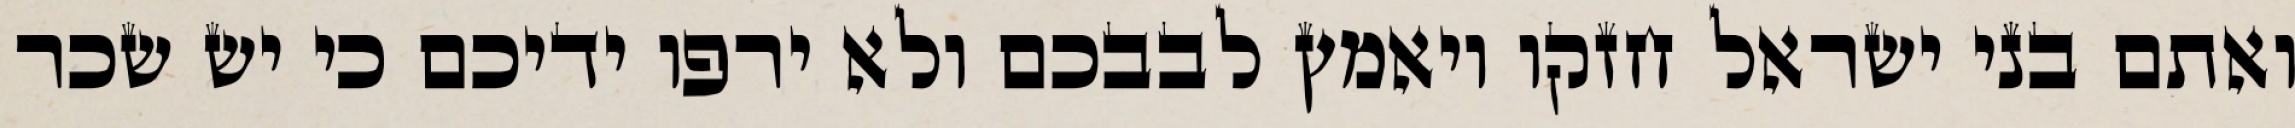
ואתם בני ישראל חזקו ויאמץ לבבכם ולא ירפו ידיכם כי יש שכר